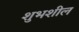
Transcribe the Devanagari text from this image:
शुभशील